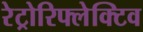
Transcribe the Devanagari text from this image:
रेट्रोरिफ्लेक्टिव